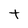
Character: T